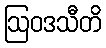
ဩဝဒသီတိ